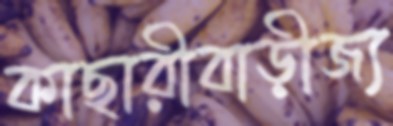
কাছারীবাড়ীজ্য